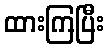
ထားကြပြီး